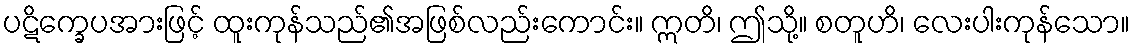
ပဋိက္ခေပအားဖြင့် ထူးကုန်သည်၏အဖြစ်လည်းကောင်း။ ဣတိ၊ ဤသို့။ စတူဟိ၊ လေးပါးကုန်သော။